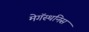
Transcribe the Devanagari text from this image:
मेगॅस्थनिस